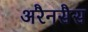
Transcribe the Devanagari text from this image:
अरैनसैस